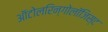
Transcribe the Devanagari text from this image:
ऑटोलरिन्गोलॉजिस्ट